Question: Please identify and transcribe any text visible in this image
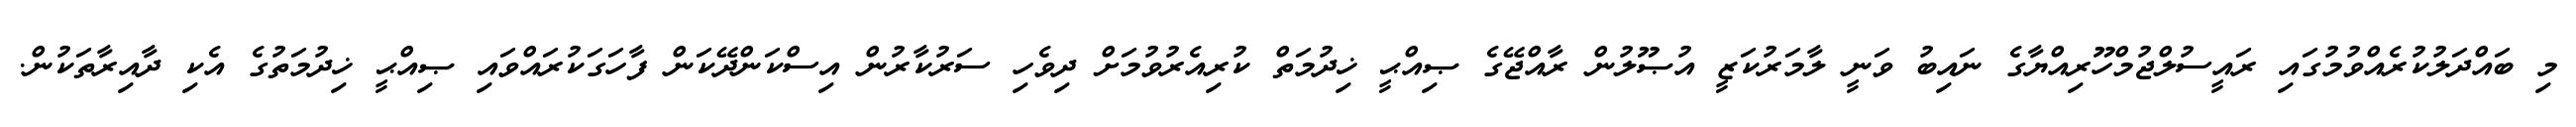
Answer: މި ބައްދަލުކުރެއްވުމުގައި ރައީސުލްޖުމްހޫރިއްޔާގެ ނައިބު ވަނީ ލާމަރުކަޒީ އުޞޫލުން ރާއްޖޭގެ ޞިއްޙީ ޚިދުމަތް ކުރިއެރުވުމަށް ދިވެހި ސަރުކާރުން އިސްކަންދޭކަން ފާހަގަކުރައްވައި ޞިއްޙީ ޚިދުމަތުގެ އެކި ދާއިރާތަކުން.